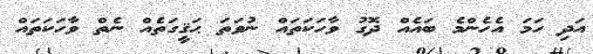
އަދި ހަަަމަ އެހެންމެ ބައެއް ދޮގު ވާހަކަތައް ނުވަތަ ޙަޤީގަތެއް ނެތް ވާހަކަތައް